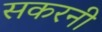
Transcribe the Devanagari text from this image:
सकरनी